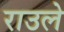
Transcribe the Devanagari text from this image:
राउले